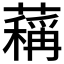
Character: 䕝